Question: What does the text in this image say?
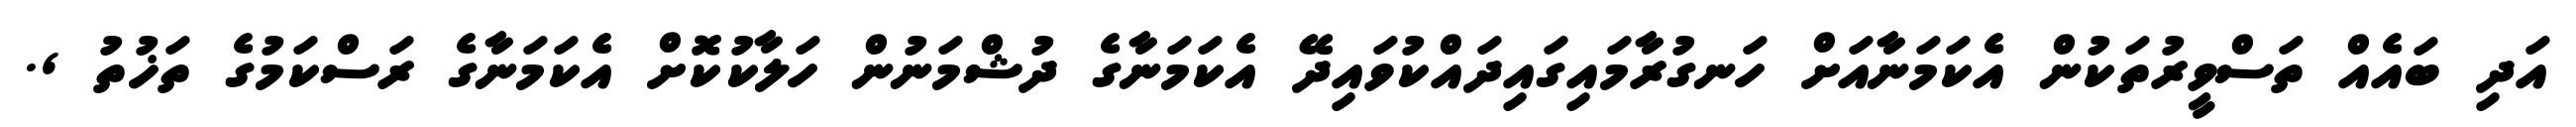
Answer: އަދި ބައެއް ތަސްވީރުތަކުން އެކަމަނާއަށް ހަނގުރާމައިގައިދައްކުވައިދޭ އެކަމަނާގެ ދުޝްމަނުން ހަލާކުކޮށް އެކަމަނާގެ ރަސްކަމުގެ ތަޚުތު ,.